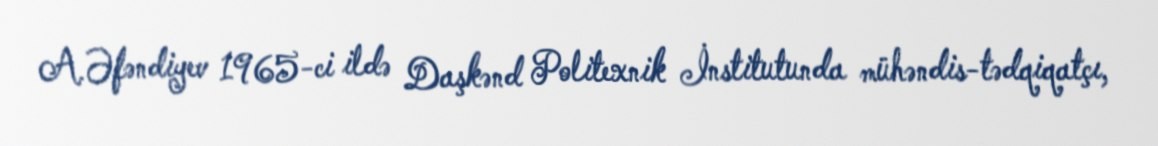
A.Əfəndiyev 1965-ci ildə Daşkənd Politexnik İnstitutunda mühəndis-tədqiqatçı,